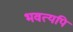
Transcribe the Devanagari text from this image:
भवत्यपि